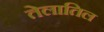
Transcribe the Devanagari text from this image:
तेलातिल